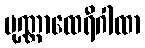
ပုဏ္ဏာထေရီဂါထာ